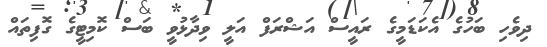
ދިވެހި ބަހުގެ އެކަޑަމީގެ ރައީސް އަޝްރަފް އަލީ ވިދާޅުވީ ބަސް ކޮމިޓީގެ ގޮފިތައް